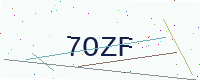
Text: 7OZF